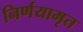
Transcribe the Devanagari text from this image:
निर्णयामृत